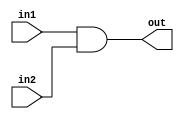
`timescale 1ns / 1ps
//////////////////////////////////////////////////////////////////////////////////
// Company: 
// Engineer: 
// 
// Design Name: 
// Module Name:    AndGate 
// Project Name: 
// Target Devices: 
// Tool versions: 
// Description: 
//
// Dependencies: 
//
// Revision: 
// Revision 0.01 - File Created
// Additional Comments: 
//
//////////////////////////////////////////////////////////////////////////////////
module AndGate(in1,in2,out);

		input in1, in2;
		output reg out;
			
		always @ (in1,in2)
		begin
			out <= in1 & in2;
		end




endmodule